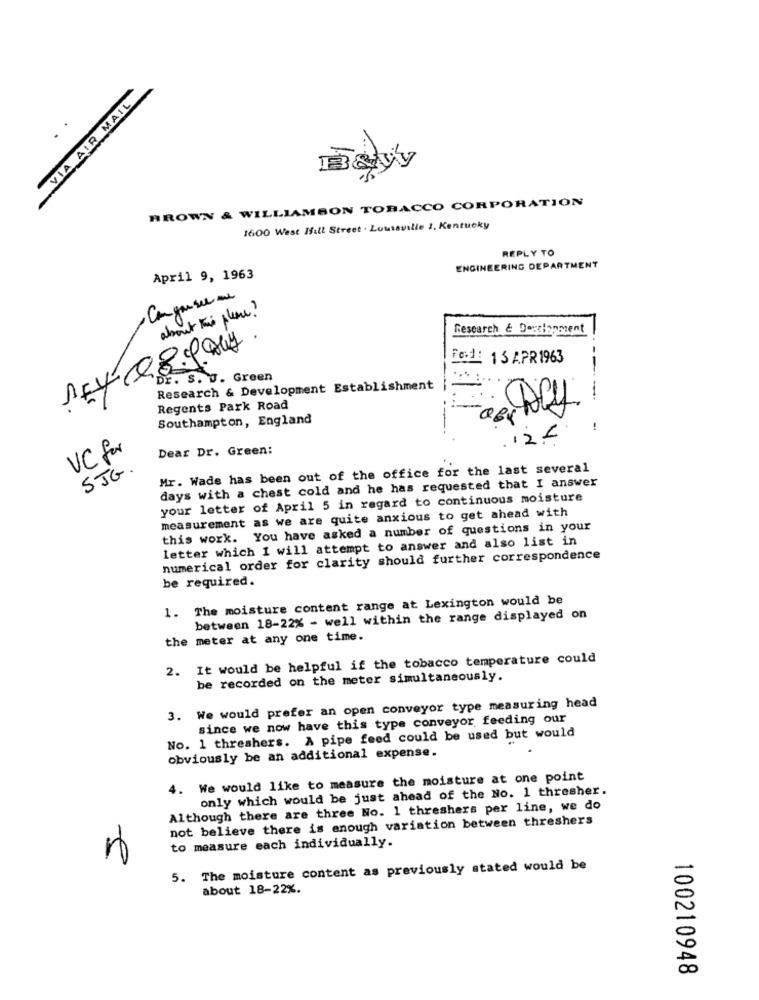
VIA AIR MAIL
BROWN & WILLIAMSON TOBACCO CORPORATION
1600 West Ifull Street . Louisville 2, Kentucky
REPLY TO
ENGINEERING DEPARTMENT
April 9, 1963
.Can you see me
about this please?
Research & Dercianment
Fed: 15 APR1963
00
DE. S. U. Green
Research & Development Establishment
a
---
Regents Park Road
Southampton, England
!
12 .-
VC for
Dear Dr. Green:
SJG.
Mr. Wade has been out of the office for the last several
days with a chest cold and he has requested that I answer
your letter of April 5 in regard to continuous moisture
measurement as we are quite anxious to get ahead with
this work. You have asked a number of questions in your
letter which I will attempt to answer and also list in
numerical order for clarity should further correspondence
be required.
1. The moisture content range at Lexington would be
between 18-22% - well within the range displayed on
the meter at any one time.
2. It would be helpful if the tobacco temperature could
be recorded on the meter simultaneously.
3. We would prefer an open conveyor type measuring head
since we now have this type conveyor feeding our
No. 1 threshers. A pipe feed could be used but would
obviously be an additional expense.
4. We would like to measure the moisture at one point
only which would be just ahead of the No. 1 thresher.
Although there are three No. 1 threshers per line, we do
not believe there is enough variation between threshers
to measure each individually.
5. The moisture content as previously stated would be
-
about 18-22%.
00
100210948